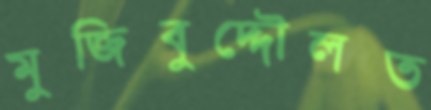
মুজিবুদ্দৌলত